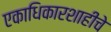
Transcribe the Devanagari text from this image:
एकाधिकारशाहीचे